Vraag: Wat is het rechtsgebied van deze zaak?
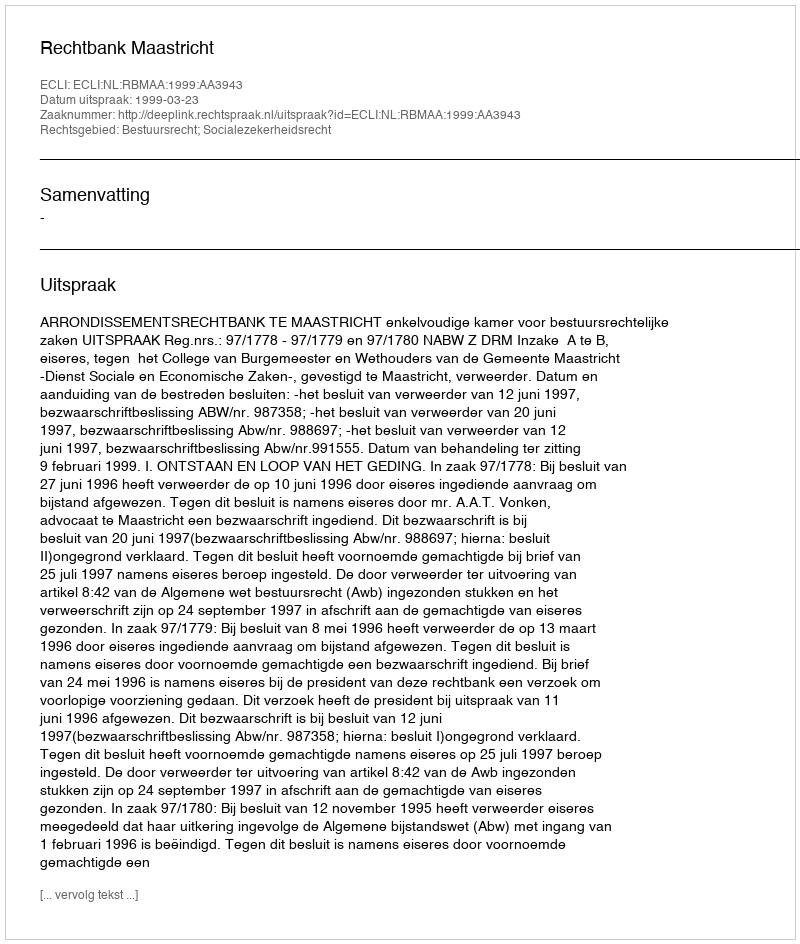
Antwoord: Bestuursrecht; Socialezekerheidsrecht